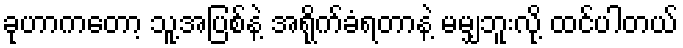
ခုဟာကတော့ သူ့အပြစ်နဲ့ အရိုက်ခံရတာနဲ့ မမျှဘူးလို့ ထင်ပါတယ်